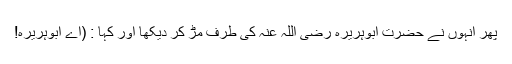
پھر انہوں نے حضرت ابوہریرہ رضی اللہ عنہ کی طرف مڑ کر دیکھا اور کہا : (اے ابوہریرہ!